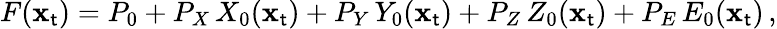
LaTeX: F(\mathbf{x}_{\mathsf{t}})=P_{0}+P_{X}\, X_{0}(\mathbf{x}_{\mathsf{t}})+P_{Y}\, Y_{0}(\mathbf{x}_{\mathsf{t}})+P_{Z}\, Z_{0}(\mathbf{x}_{\mathsf{t}})+P_{E}\, E_{0}(\mathbf{x}_{\mathsf{t}})\, ,